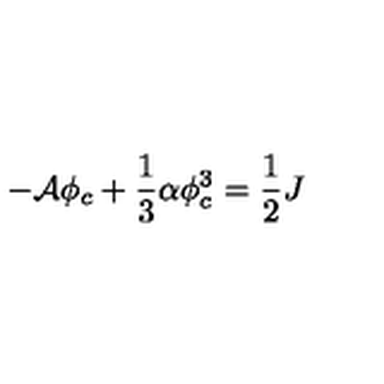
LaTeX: - { \cal A } \phi _ { c } + \frac { 1 } { 3 } \alpha \phi _ { c } ^ { 3 } = \frac { 1 } { 2 } J